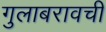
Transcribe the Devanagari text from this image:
गुलाबरावची